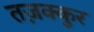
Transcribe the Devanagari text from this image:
तज़क्कुर